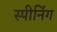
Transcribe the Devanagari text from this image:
स्पीनिंग